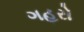
ગહરો